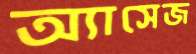
অ্যাসেজ